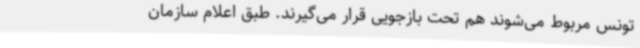
تونس مربوط می‌شوند هم تحت بازجویی قرار می‌گیرند. طبق اعلام سازمان